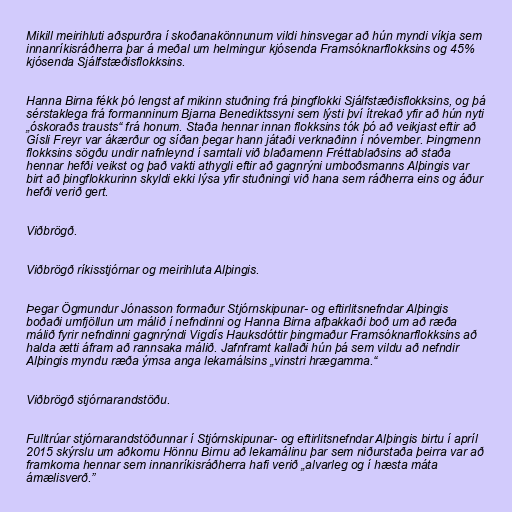
Mikill meirihluti aðspurðra í skoðanakönnunum vildi hinsvegar að hún myndi víkja sem
innanríkisráðherra þar á meðal um helmingur kjósenda Framsóknarflokksins og 45%
kjósenda Sjálfstæðisflokksins.

Hanna Birna fékk þó lengst af mikinn stuðning frá þingflokki Sjálfstæðisflokksins, og þá
sérstaklega frá formanninum Bjarna Benediktssyni sem lýsti því ítrekað yfir að hún nyti
„óskoraðs trausts“ frá honum. Staða hennar innan flokksins tók þó að veikjast eftir að
Gísli Freyr var ákærður og síðan þegar hann játaði verknaðinn í nóvember. Þingmenn
flokksins sögðu undir nafnleynd í samtali við blaðamenn Fréttablaðsins að staða
hennar hefði veikst og það vakti athygli eftir að gagnrýni umboðsmanns Alþingis var
birt að þingflokkurinn skyldi ekki lýsa yfir stuðningi við hana sem ráðherra eins og áður
hefði verið gert.

Viðbrögð.

Viðbrögð ríkisstjórnar og meirihluta Alþingis.

Þegar Ögmundur Jónasson formaður Stjórnskipunar- og eftirlitsnefndar Alþingis
boðaði umfjöllun um málið í nefndinni og Hanna Birna afþakkaði boð um að ræða
málið fyrir nefndinni gagnrýndi Vigdís Hauksdóttir þingmaður Framsóknarflokksins að
halda ætti áfram að rannsaka málið. Jafnframt kallaði hún þá sem vildu að nefndir
Alþingis myndu ræða ýmsa anga lekamálsins „vinstri hrægamma.“

Viðbrögð stjórnarandstöðu.

Fulltrúar stjórnarandstöðunnar í Stjórnskipunar- og eftirlitsnefndar Alþingis birtu í apríl
2015 skýrslu um aðkomu Hönnu Birnu að lekamálinu þar sem niðurstaða þeirra var að
framkoma hennar sem innanríkisráðherra hafi verið „alvarleg og í hæsta máta
ámælisverð.”